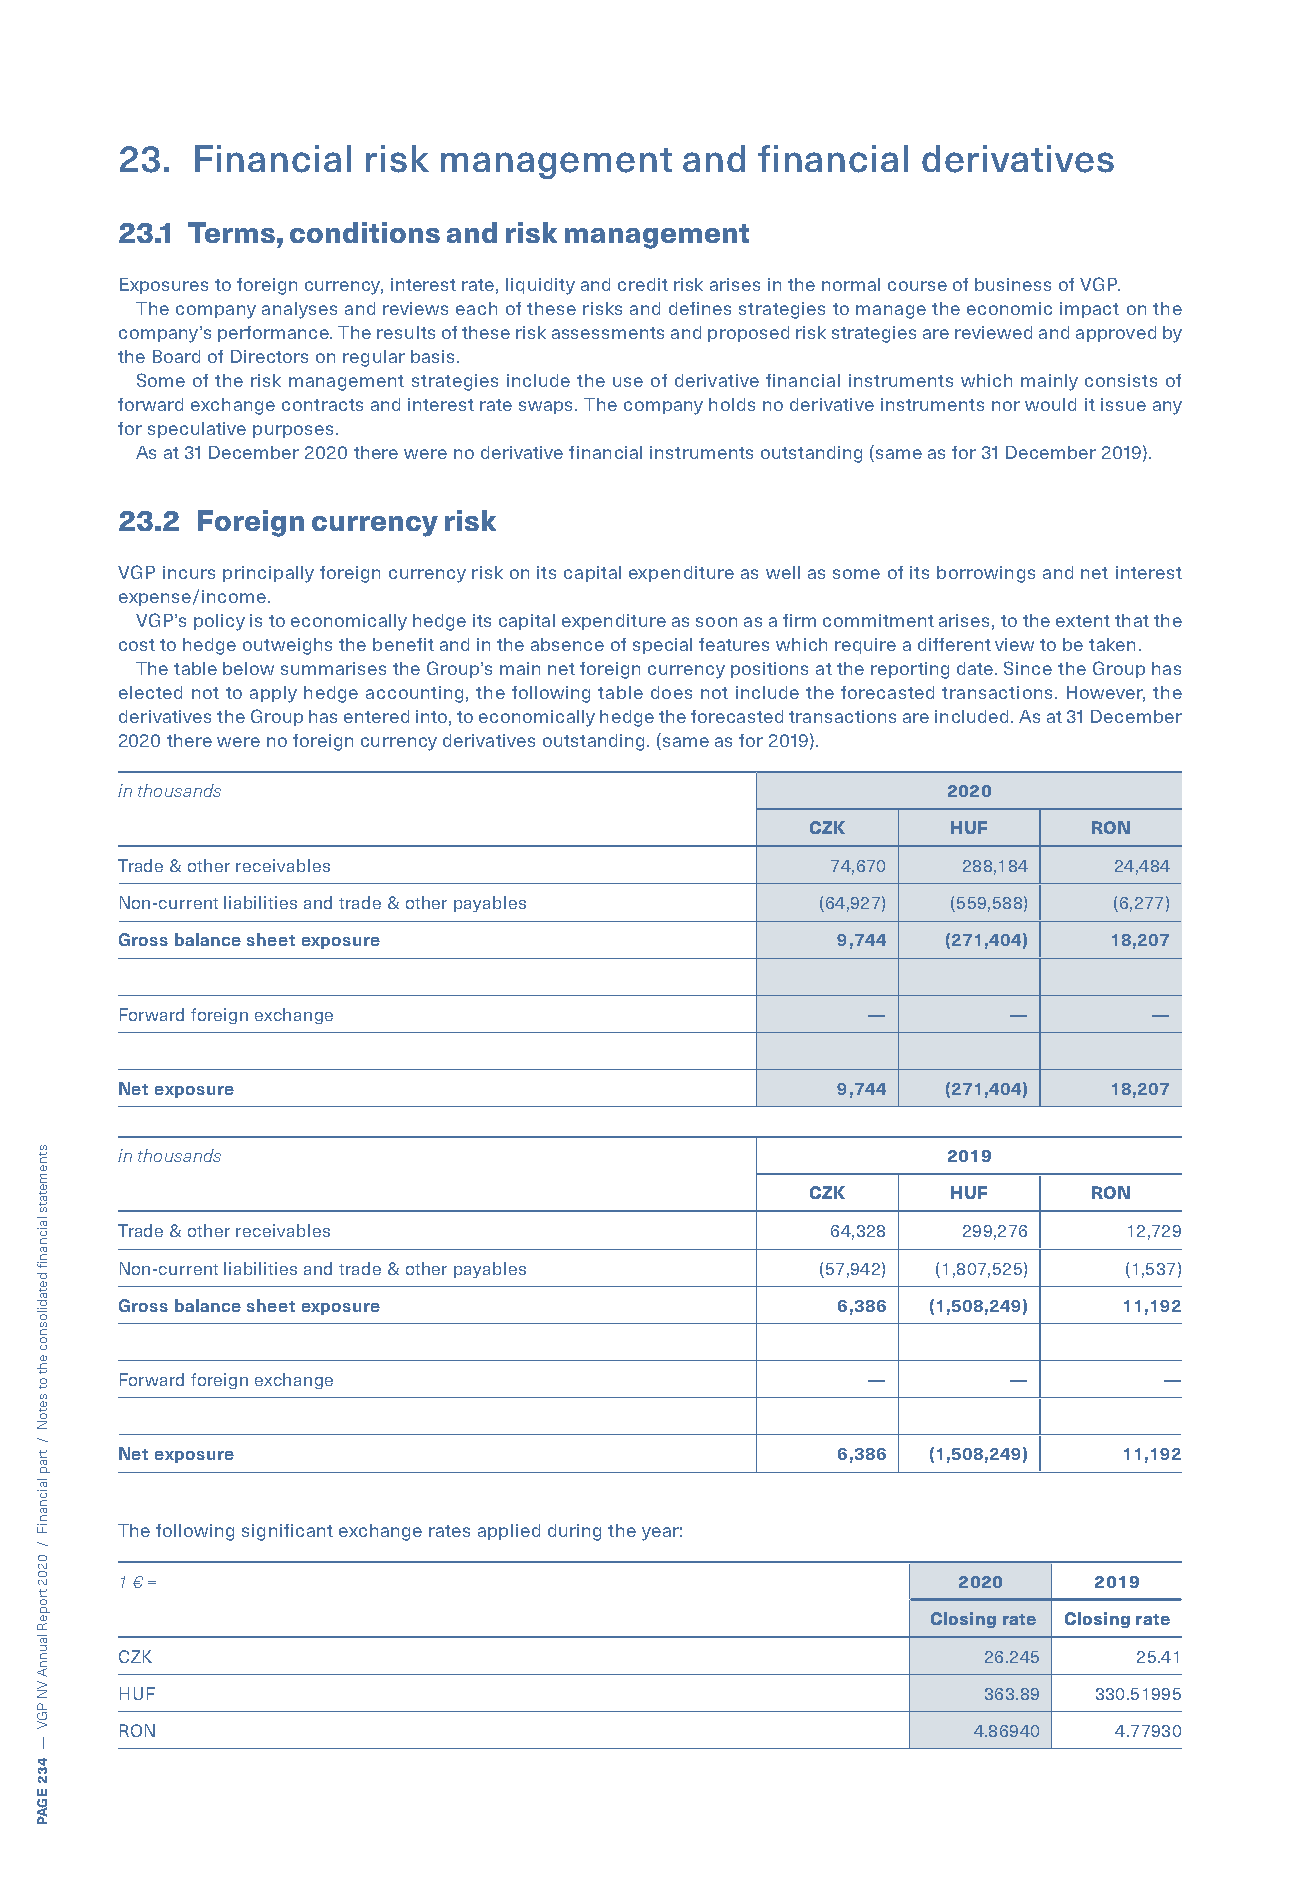
23.  Financial  risk management      and  financial  derivatives
 23.1 Terms, conditions and risk management
 Exposures to foreign currency, interest rate, liquidity and credit risk arises in the normal course of business of VGP.
 The company analyses and reviews each of these risks and defines strategies to manage the economic impact on the
 company’s performance. The results of these risk assessments and proposed risk strategies are reviewed and approved by
 the Board of Directors on regular basis.
 Some of the risk management strategies include the use of derivative financial instruments which mainly consists of
 forward exchange contracts and interest rate swaps. The company holds no derivative instruments nor would it issue any
 for speculative purposes.
 As at 31 December 2020 there were no derivative financial instruments outstanding (same as for 31 December 2019).
 23.2 Foreign currency risk
 VGP incurs principally foreign currency risk on its capital expenditure as well as some of its borrowings and net interest
 expense/income.
 VGP’s policy is to economically hedge its capital expenditure as soon as a firm commitment arises, to the extent that the
 cost to hedge outweighs the benefit and in the absence of special features which require a different view to be taken.
 The table below summarises the Group’s main net foreign currency positions at the reporting date. Since the Group has
 elected not to apply hedge accounting, the following table does not include the forecasted transactions. However, the
 derivatives the Group has entered into, to economically hedge the forecasted transactions are included. As at 31 December
 2020 there were no foreign currency derivatives outstanding. (same as for 2019).
 in thousands                                           2020
 CZK      HUF      RON
 Trade & other receivables                      74,670   288,184   24,484
 Non-current liabilities and trade & other payables (64,927) (559,588) (6,277)
 Gross balance sheet exposure                   9,744   (271,404) 18,207
 Forward foreign exchange                         —         —        —
 Net exposure                                   9,744   (271,404) 18,207
 in thousands                                           2019
 CZK      HUF      RON
 Trade & other receivables                      64,328   299,276   12,729
 Non-current liabilities and trade & other payables (57,942) (1,807,525) (1,537)
 Gross balance sheet exposure                   6,386 (1,508,249)  11,192
 Forward foreign exchange                         —         —         —
 Net exposure                                   6,386 (1,508,249)  11,192
 The following significant exchange rates applied during the year:
 1 € =                                                  2020     2019
 Closing rate Closing rate
 CZK                                                      26.245    25.41
 HUF                                                      363.89 330.51995
 RON                                                     4.86940   4.77930
 stnemetats
 laicnanif
 detadilosnoc
 eht
 ot
 setoN
 /
 trap
 laicnaniF
 /
 0202
 tropeR
 launnA
 VN
 PGV
 —
 432
 EGAP